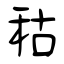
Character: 秙